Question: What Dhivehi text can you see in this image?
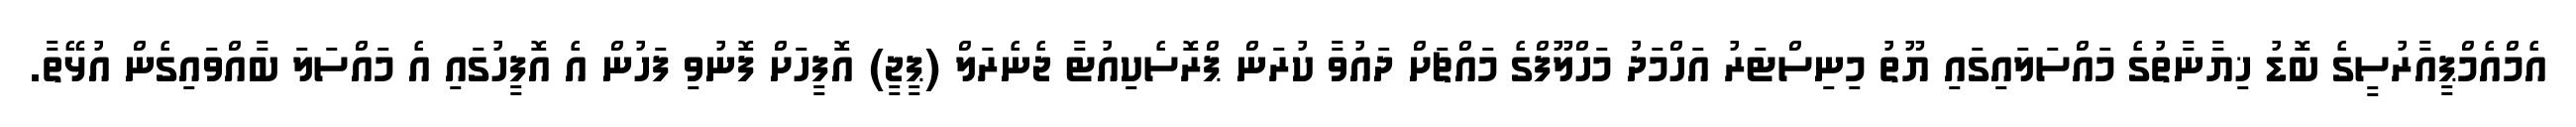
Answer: އެމްއެމްޕީއާރުސީގެ ބޮޑު ޚިޔާނާތުގެ މައްސަލައިގައި ޔޫތު މިނިސްޓަރު އަހްމަދު މަހްލޫފްގެ މައްޗަށް ދައުވާ ކުރަން ޕްރޮސެކިއުޓާ ޖެނެރަލް (ޕީޖީ) އޮފީހަށް ފޮނުވި ފަހުން އެ އޮފީހުގައި އެ މައްސަލަ ބާއްވައިގެން އުޅޭތާ.